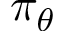
\pi _ { \theta }